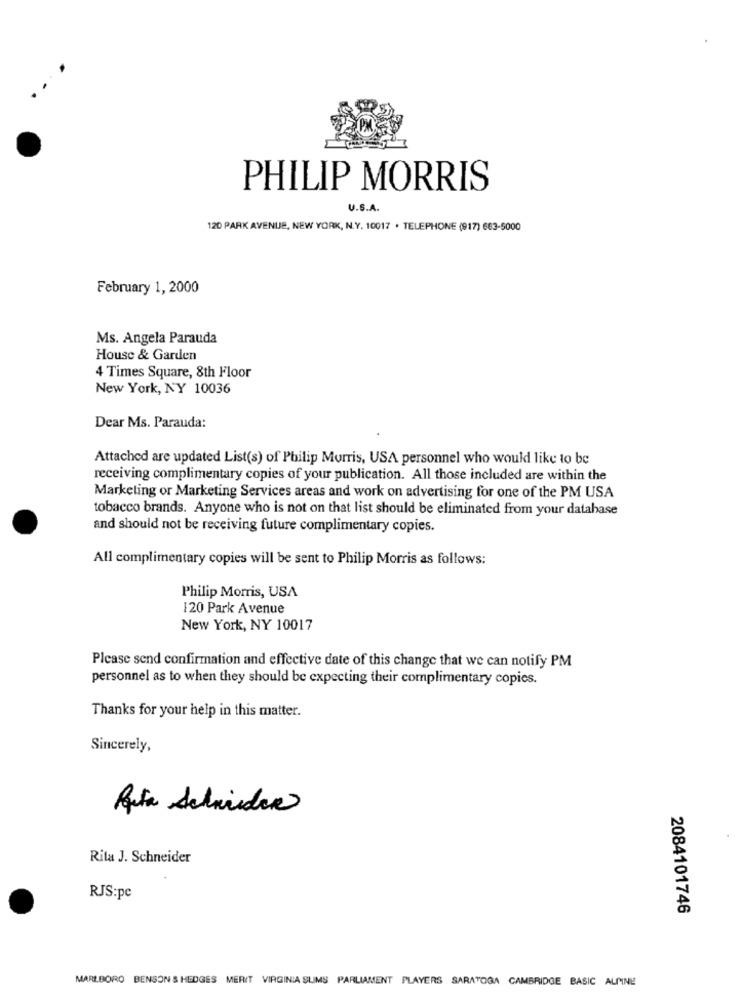
PHILIP MORRIS
U.S.A.
120 PARK AVENUE, NEW YORK, N.Y. 10017 . TELEPHONE (917) 663-5000
February 1, 2000
Ms. Angela Parauda
House & Garden
4 Times Square, 8th Floor
New York, NY 10036
Dear Ms. Parauda:
Attached are updated List(s) of Philip Morris, USA personnel who would like to be
receiving complimentary copies of your publication. All those included are within the
Marketing or Marketing Services areas and work on advertising for one of the PM USA
tobacco brands. Anyone who is not on that list should be eliminated from your database
and should not be receiving future complimentary copies.
All complimentary copies will be sent to Philip Morris as follows:
Philip Morris, USA
120 Park Avenue
New York, NY 10017
Please send confirmation and effective date of this change that we can notify PM
personnel as to when they should be expecting their complimentary copies.
Thanks for your help in this matter.
Sincerely,
Rita J. Schneider
RJS:pc
2084101746
MARLBORO BENSON & HEDGES MERIT VIRGINIA SUMS PARLIAMENT PLAYERS SARATOGA CAMBRIDGE BASIC ALPINE